Indian journal of veterinary science and animal husbandry - Volume 1,
Year: 1931
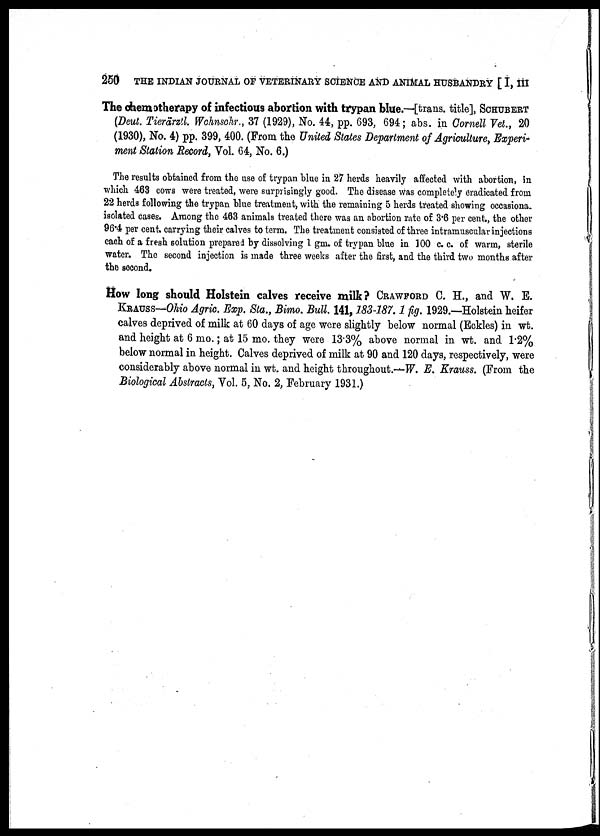
250 THE INDIAN JOURNAL OF VETERINARY SCIENCE AND ANIMAL HUSBANDRY [ I, III
The chemotherapy of infectious abortion with trypan blue.—[trans. title], SCHUBERT
(Deut. Tierärztl. Wohnschr., 37 (1929), No. 44, pp. 693, 694; abs. in Cornell Vet., 20
(1930), No. 4) pp. 399, 400. (From the United States Department of Agriculture, Experi-
ment Station Record, Vol. 64, No. 6.)
The results obtained from the use of trypan blue in 27 herds heavily affected with abortion, in
which 463 cows were treated, were surprisingly good. The disease was completely eradicated from
22 herds following the trypan blue treatment, with the remaining 5 herds treated showing occasiona.
isolated cases. Among the 463 animals treated there was an abortion rate of 3.6 per cent., the other
96.4 per cent. carrying their calves to term. The treatment consisted of three intramuscular injections
each of a fresh solution prepared by dissolving 1 gm. of trypan blue in 100 c. c. of warm, sterile
water. The second injection is made three weeks after the first, and the third two months after
the second.
How long should Holstein calves receive milk? CRAWFORD C. H., and W. E.
KRAUSS—Ohio Agric. Exp. Sta., Bimo. Bull. 141, 183-187. 1 fig. 1929.—Holstein heifer
calves deprived of milk at 60 days of age were slightly below normal (Eckles) in wt.
and height at 6 mo.; at 15 mo. they were 13.3% above normal in wt. and 1.2%
below normal in height. Calves deprived of milk at 90 and 120 days, respectively, were
considerably above normal in wt. and height throughout.—W. E. Krauss. (From the
Biological Abstracts, Vol. 5, No. 2, February 1931.)